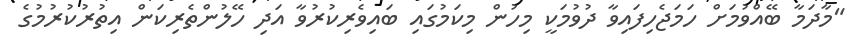
"މާދަމާ ބޭއްވުމަށް ހަމަޖެހިފައިވާ ދުވުމަކީ މިހުން މިކަމުގައި ބައިވެރިކުރުވާ އަދި ހޭލުންތެރިކަން އިތުރުކުރުމުގެ